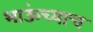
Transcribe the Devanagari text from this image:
भाऊंच्याच